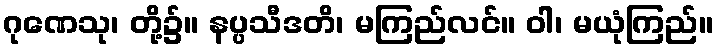
ဂုဏေသု၊ တို့၌။ နပ္ပသီဒတိ၊ မကြည်လင်။ ဝါ၊ မယုံကြည်။